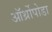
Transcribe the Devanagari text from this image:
ऑर्थ्रोपोडा